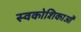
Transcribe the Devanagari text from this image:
स्वकोशिकाओं